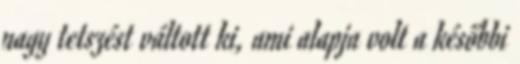
nagy tetszést váltott ki, ami alapja volt a későbbi